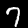
Digit: 7